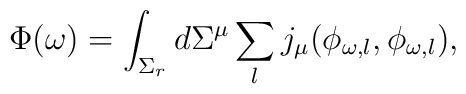
\Phi(\omega)= \int_{\Sigma_r} d\Sigma^\mu \sum_lj_\mu(\phi_{\omega,l},\phi_{\omega,l}),